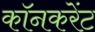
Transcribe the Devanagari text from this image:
कॉनकरेंट